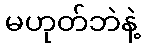
မဟုတ်ဘဲနဲ့